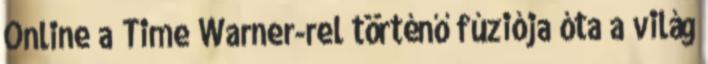
Online a Time Warner-rel történő fúziója óta a világ